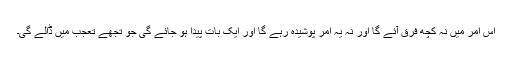
اس امر میں نہ کچھ فرق آئے گا اور نہ یہ امر پوشیدہ رہے گا اور ایک بات پیدا ہو جائے گی جو تجھے تعجب میں ڈالے گی۔